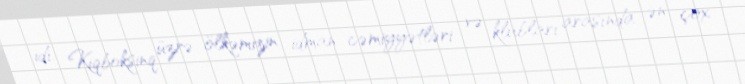
idi. Kiqboksinq üzrə ölkəmizin idman cəmiyyətləri və klubları arasında ən çox